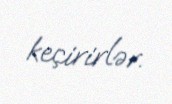
keçirirlər.